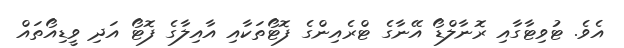
އެވެ. ޓުވިޓާގާއި ރޮނާލްޑޯ އޭނާގެ ޓްރެއިންގެ ފޮޓޯތަކާއި އާއިލާގެ ފޮޓޯ އަދި ވީޑިއޯތައް